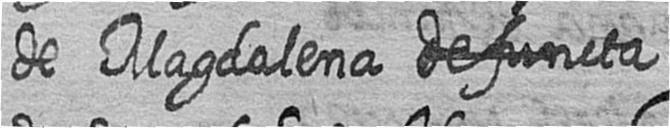
de Magdalena #